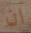
ان